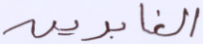
الغابرين